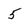
Character: 5